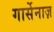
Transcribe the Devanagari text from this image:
गार्सेनाज़